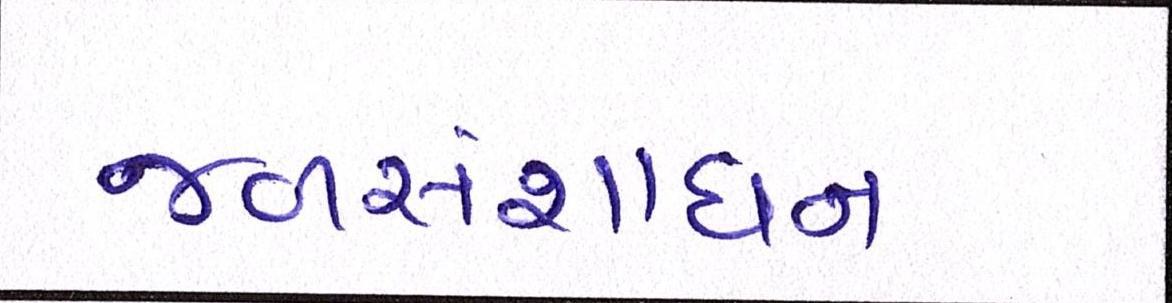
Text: જળસંશાધન